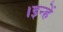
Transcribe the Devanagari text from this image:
।इन्हें